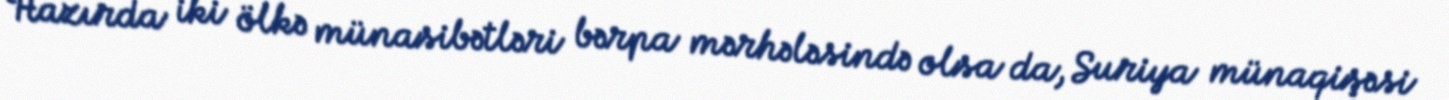
Hazırda iki ölkə münasibətləri bərpa mərhələsində olsa da, Suriya münaqişəsi